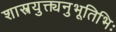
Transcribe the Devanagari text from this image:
शास्त्रयुक्त्यनुभूतिभिः